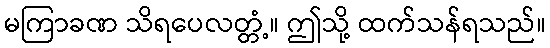
မကြာခဏ သိရပေလတ္တံ့။ ဤသို့ ထက်သန်ရသည်။